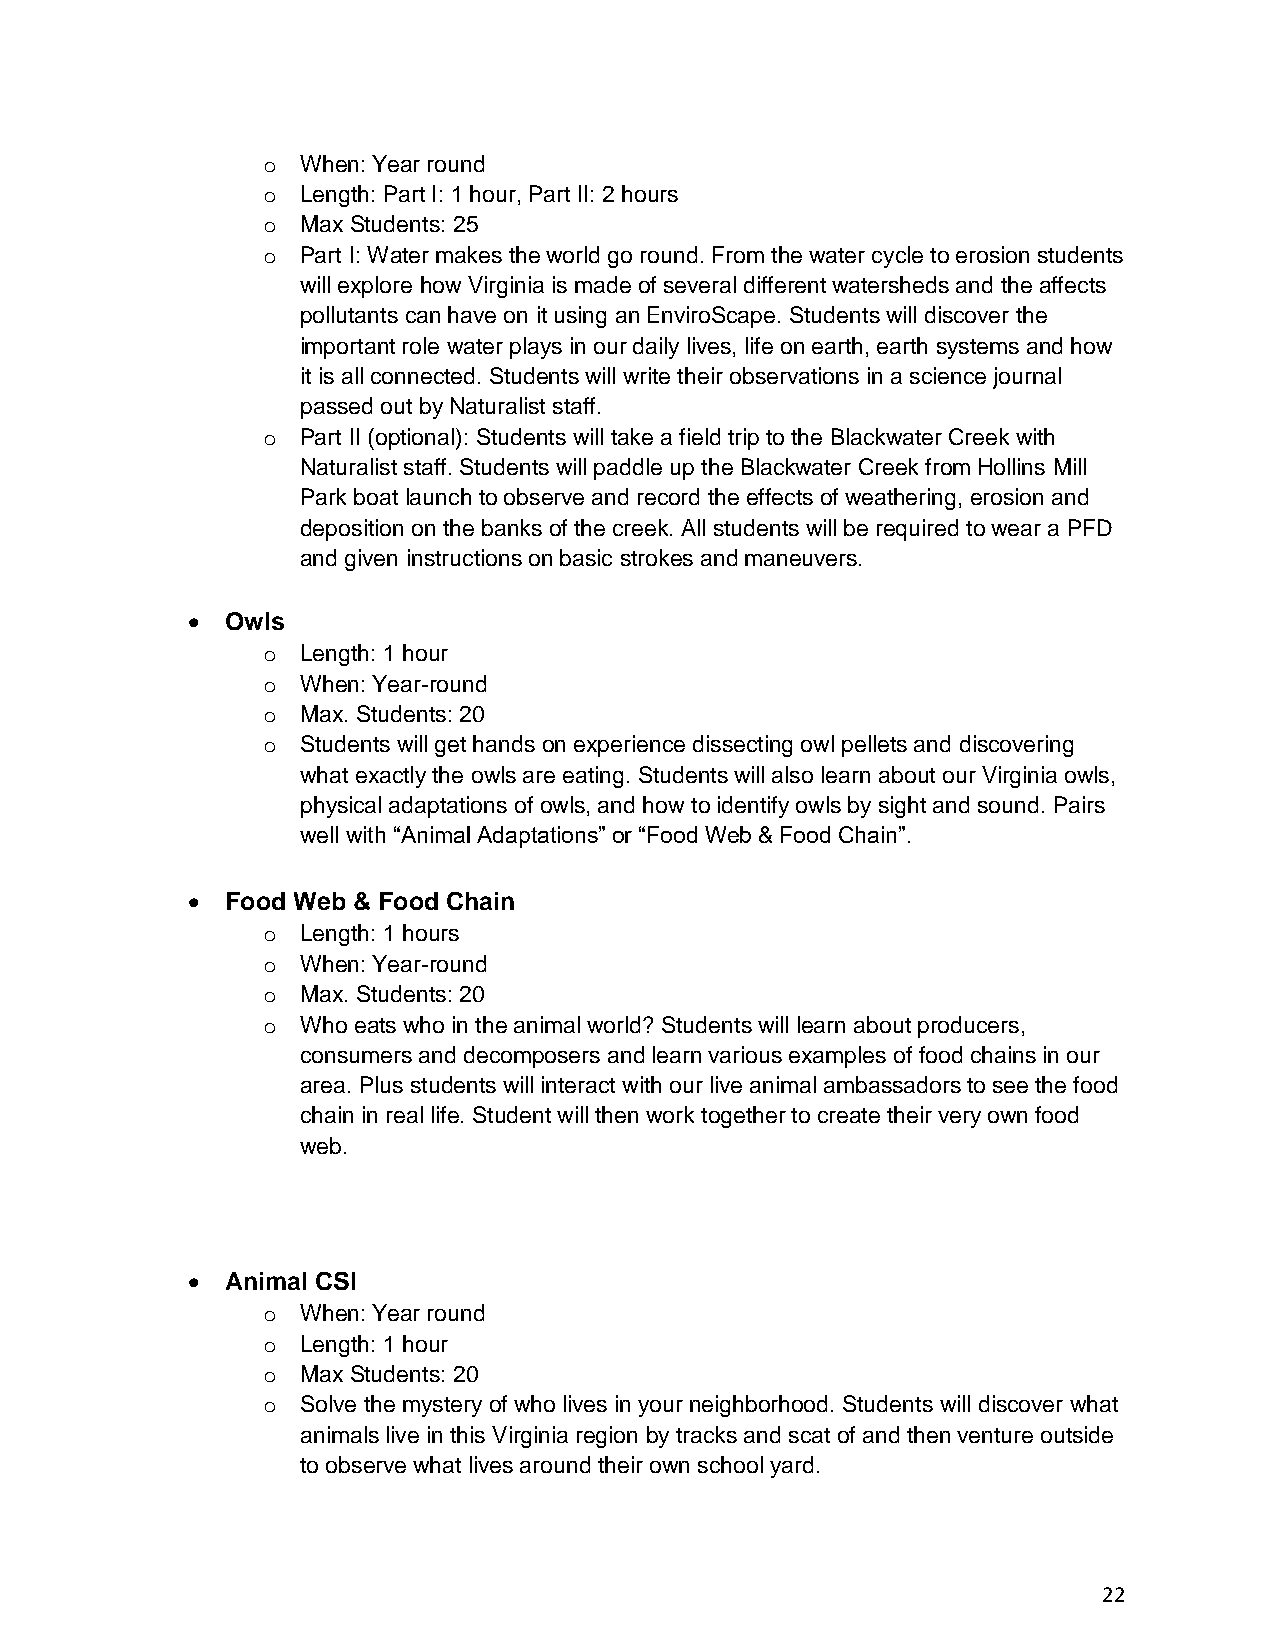
o  When: Year round
 o  Length: Part I: 1 hour, Part II: 2 hours
 o  Max Students: 25
 o  Part I: Water makes the world go round. From the water cycle to erosion students
 will explore how Virginia is made of several different watersheds and the affects
 pollutants can have on it using an EnviroScape. Students will discover the
 important role water plays in our daily lives, life on earth, earth systems and how
 it is all connected. Students will write their observations in a science journal
 passed out by Naturalist staff.
 o  Part II (optional): Students will take a field trip to the Blackwater Creek with
 Naturalist staff. Students will paddle up the Blackwater Creek from Hollins Mill
 Park boat launch to observe and record the effects of weathering, erosion and
 deposition on the banks of the creek. All students will be required to wear a PFD
 and given instructions on basic strokes and maneuvers.
 •  Owls
 o  Length: 1 hour
 o  When: Year-round
 o  Max. Students: 20
 o  Students will get hands on experience dissecting owl pellets and discovering
 what exactly the owls are eating. Students will also learn about our Virginia owls,
 physical adaptations of owls, and how to identify owls by sight and sound. Pairs
 well with “Animal Adaptations” or “Food Web & Food Chain”.
 •  Food Web & Food Chain
 o  Length: 1 hours
 o  When: Year-round
 o  Max. Students: 20
 o  Who eats who in the animal world? Students will learn about producers,
 consumers and decomposers and learn various examples of food chains in our
 area. Plus students will interact with our live animal ambassadors to see the food
 chain in real life. Student will then work together to create their very own food
 web.
 •  Animal CSI
 o  When: Year round
 o  Length: 1 hour
 o  Max Students: 20
 o  Solve the mystery of who lives in your neighborhood. Students will discover what
 animals live in this Virginia region by tracks and scat of and then venture outside
 to observe what lives around their own school yard.
 22